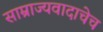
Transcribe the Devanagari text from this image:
साम्राज्यवादाचेच